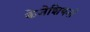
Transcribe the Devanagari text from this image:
केनेशियनों